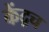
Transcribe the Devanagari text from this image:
केंद्रच